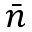
\bar { n }